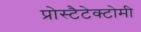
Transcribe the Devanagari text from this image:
प्रोस्टैटेक्टोमी